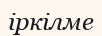
іркілме